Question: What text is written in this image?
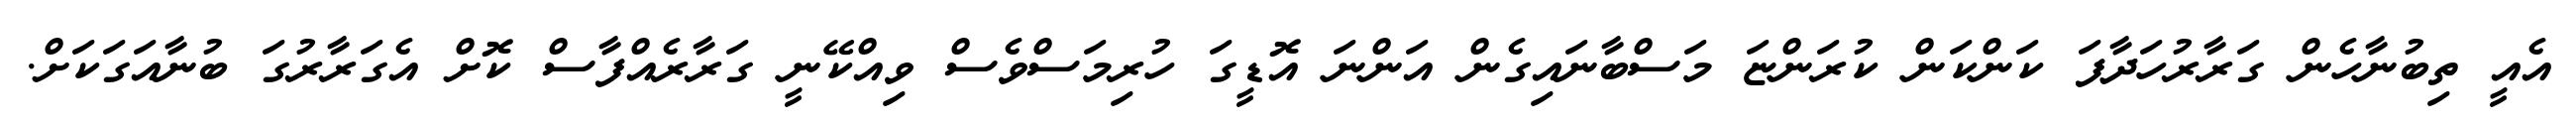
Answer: އެއީ ތިބުނާހެން ގަރާރުހަދާފަ ކަންކަން ކުރަންޏަ މަސްބާނައިގެން އަންނަ އޮޑީގަ ހުރިމަސްވެސް ވިއްކޭނީ ގަރާރެއްފާސް ކޮށް އެގަރާރުގަ ބުނާއަގަކަށް.